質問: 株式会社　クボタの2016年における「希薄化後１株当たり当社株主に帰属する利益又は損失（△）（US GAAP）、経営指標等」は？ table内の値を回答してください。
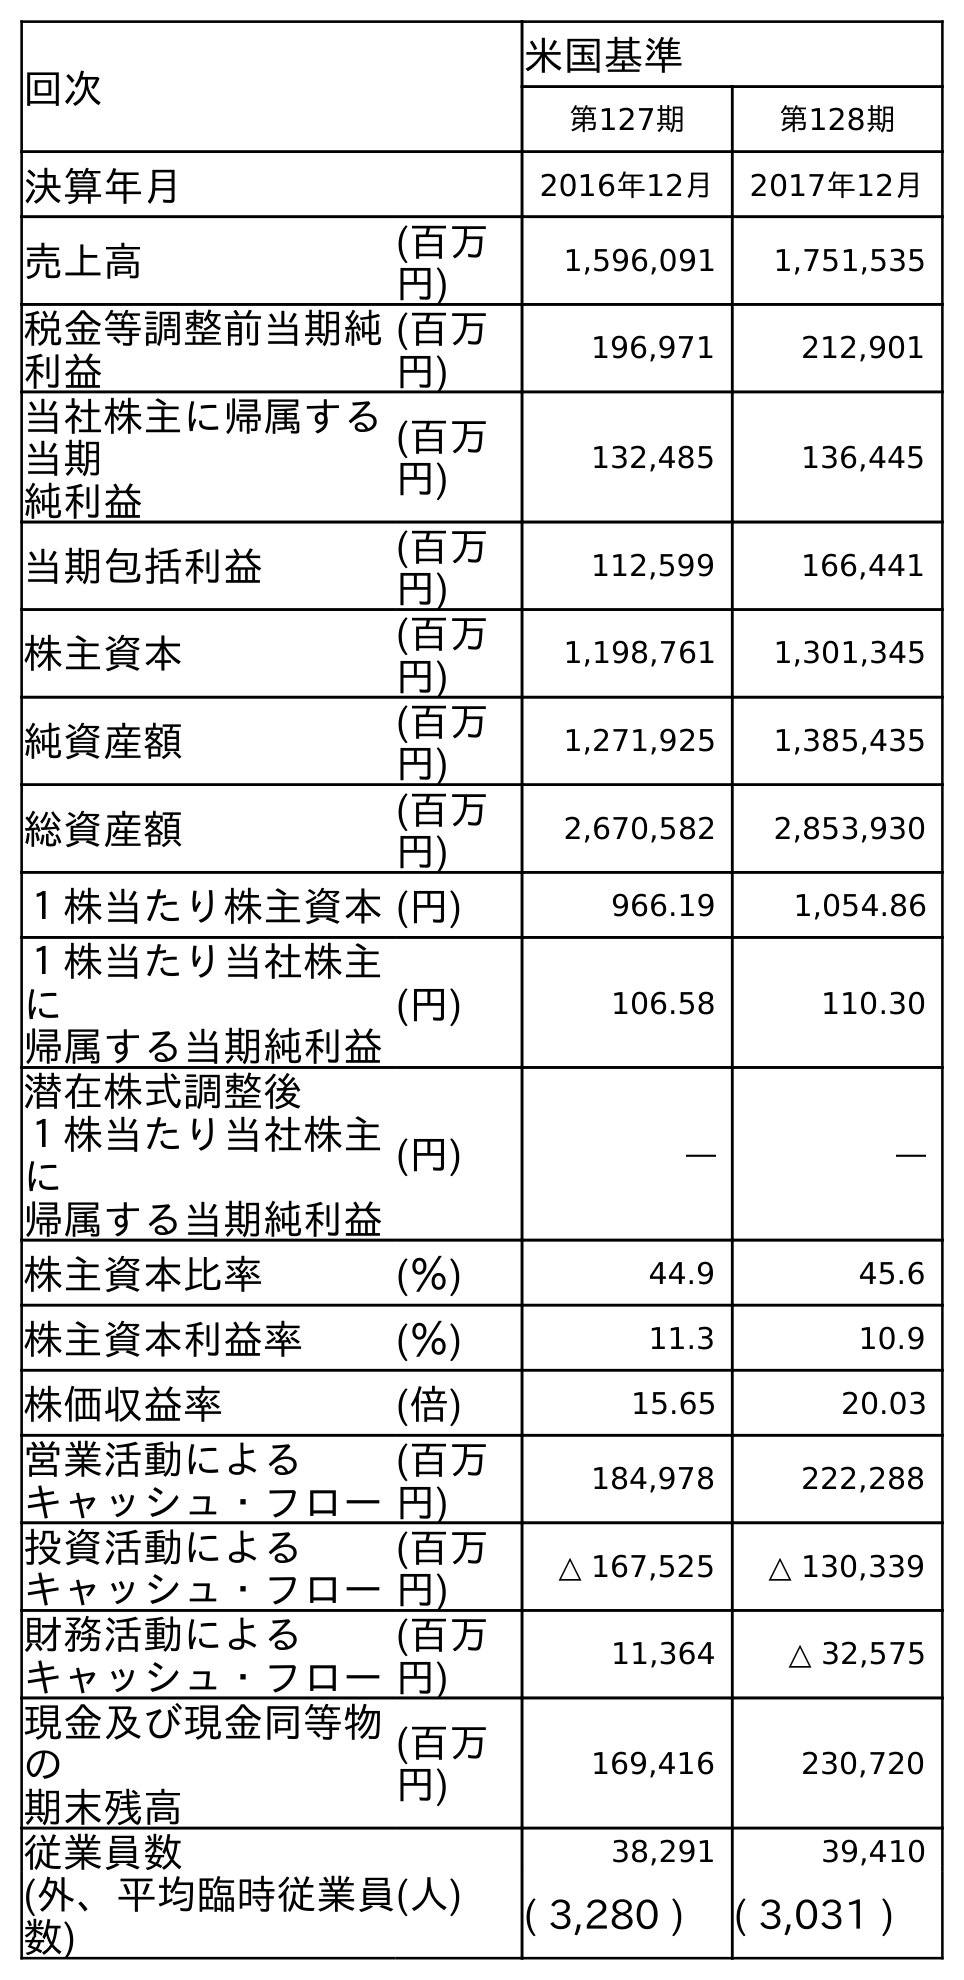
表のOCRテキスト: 回次 米国基準 第127期 第128期 決算年月 2016年12月 2017年12月 売上高 (百万 円) 1,596,091 1,751,535 税金等調整前当期純 利益 (百万 円) 196,971 212,901 当社株主に帰属する 当期 純利益 (百万 円) 132,485 136,445 当期包括利益 (百万 円) 112,599 166,441 株主資本 (百万 円) 1,198,761 1,301,345 純資産額 (百万 円) 1,271,925 1,385,435 総資産額 (百万 円) 2,670,582 2,853,930 １株当たり株主資本(円) 966.19 1,054.86 １株当たり当社株主 に 帰属する当期純利益 (円) 106.58 110.30 潜在株式調整後 １株当たり当社株主 に 帰属する当期純利益 (円) ― ― 株主資本比率 (％) 44.9 45.6 株主資本利益率 (％) 11.3 10.9 株価収益率 (倍) 15.65 20.03 営業活動による キャッシュ・フロー (百万 円) 184,978 222,288 投資活動による キャッシュ・フロー (百万 円) △ 167,525 △ 130,339 財務活動による キャッシュ・フロー (百万 円) 11,364 △ 32,575 現金及び現金同等物 の 期末残高 (百万 円) 169,416 230,720 従業員数 (人) 38,291 39,410 (外、平均臨時従業員 数) ( 3,280 ) ( 3,031 )
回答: ―